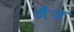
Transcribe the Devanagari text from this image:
जैंज